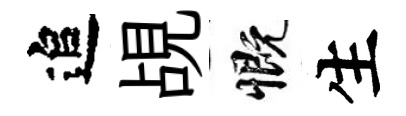
追覘慨生